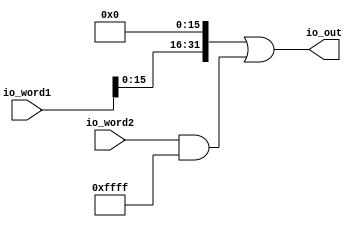
module Combinator4B(
  input  [31:0] io_word1,
  input  [31:0] io_word2,
  output [31:0] io_out
);
  wire [47:0] _GEN_0 = {io_word1, 16'h0}; // @[combinator.scala 16:37]
  wire [62:0] word1_16bit = {{15'd0}, _GEN_0}; // @[combinator.scala 16:37]
  wire [31:0] word2_16bit = io_word2 & 32'hffff; // @[combinator.scala 17:36]
  wire [62:0] _GEN_1 = {{31'd0}, word2_16bit}; // @[combinator.scala 18:25]
  wire [62:0] _io_out_T = word1_16bit | _GEN_1; // @[combinator.scala 18:25]
  assign io_out = _io_out_T[31:0]; // @[combinator.scala 18:10]
endmodule
module Combinator64B(
  input         clock,
  input         reset,
  input  [31:0] io_cacheLine_0,
  input  [31:0] io_cacheLine_1,
  input  [31:0] io_cacheLine_2,
  input  [31:0] io_cacheLine_3,
  input  [31:0] io_cacheLine_4,
  input  [31:0] io_cacheLine_5,
  input  [31:0] io_cacheLine_6,
  input  [31:0] io_cacheLine_7,
  input  [31:0] io_cacheLine_8,
  input  [31:0] io_cacheLine_9,
  input  [31:0] io_cacheLine_10,
  input  [31:0] io_cacheLine_11,
  input  [31:0] io_cacheLine_12,
  input  [31:0] io_cacheLine_13,
  input  [31:0] io_cacheLine_14,
  input  [31:0] io_cacheLine_15,
  output [31:0] io_out_0,
  output [31:0] io_out_1,
  output [31:0] io_out_2,
  output [31:0] io_out_3,
  output [31:0] io_out_4,
  output [31:0] io_out_5,
  output [31:0] io_out_6,
  output [31:0] io_out_7
);
  wire [31:0] combinator4Bvec_0_io_word1; // @[combinator.scala 28:62]
  wire [31:0] combinator4Bvec_0_io_word2; // @[combinator.scala 28:62]
  wire [31:0] combinator4Bvec_0_io_out; // @[combinator.scala 28:62]
  wire [31:0] combinator4Bvec_1_io_word1; // @[combinator.scala 28:62]
  wire [31:0] combinator4Bvec_1_io_word2; // @[combinator.scala 28:62]
  wire [31:0] combinator4Bvec_1_io_out; // @[combinator.scala 28:62]
  wire [31:0] combinator4Bvec_2_io_word1; // @[combinator.scala 28:62]
  wire [31:0] combinator4Bvec_2_io_word2; // @[combinator.scala 28:62]
  wire [31:0] combinator4Bvec_2_io_out; // @[combinator.scala 28:62]
  wire [31:0] combinator4Bvec_3_io_word1; // @[combinator.scala 28:62]
  wire [31:0] combinator4Bvec_3_io_word2; // @[combinator.scala 28:62]
  wire [31:0] combinator4Bvec_3_io_out; // @[combinator.scala 28:62]
  wire [31:0] combinator4Bvec_4_io_word1; // @[combinator.scala 28:62]
  wire [31:0] combinator4Bvec_4_io_word2; // @[combinator.scala 28:62]
  wire [31:0] combinator4Bvec_4_io_out; // @[combinator.scala 28:62]
  wire [31:0] combinator4Bvec_5_io_word1; // @[combinator.scala 28:62]
  wire [31:0] combinator4Bvec_5_io_word2; // @[combinator.scala 28:62]
  wire [31:0] combinator4Bvec_5_io_out; // @[combinator.scala 28:62]
  wire [31:0] combinator4Bvec_6_io_word1; // @[combinator.scala 28:62]
  wire [31:0] combinator4Bvec_6_io_word2; // @[combinator.scala 28:62]
  wire [31:0] combinator4Bvec_6_io_out; // @[combinator.scala 28:62]
  wire [31:0] combinator4Bvec_7_io_word1; // @[combinator.scala 28:62]
  wire [31:0] combinator4Bvec_7_io_word2; // @[combinator.scala 28:62]
  wire [31:0] combinator4Bvec_7_io_out; // @[combinator.scala 28:62]
  Combinator4B combinator4Bvec_0 ( // @[combinator.scala 28:62]
    .io_word1(combinator4Bvec_0_io_word1),
    .io_word2(combinator4Bvec_0_io_word2),
    .io_out(combinator4Bvec_0_io_out)
  );
  Combinator4B combinator4Bvec_1 ( // @[combinator.scala 28:62]
    .io_word1(combinator4Bvec_1_io_word1),
    .io_word2(combinator4Bvec_1_io_word2),
    .io_out(combinator4Bvec_1_io_out)
  );
  Combinator4B combinator4Bvec_2 ( // @[combinator.scala 28:62]
    .io_word1(combinator4Bvec_2_io_word1),
    .io_word2(combinator4Bvec_2_io_word2),
    .io_out(combinator4Bvec_2_io_out)
  );
  Combinator4B combinator4Bvec_3 ( // @[combinator.scala 28:62]
    .io_word1(combinator4Bvec_3_io_word1),
    .io_word2(combinator4Bvec_3_io_word2),
    .io_out(combinator4Bvec_3_io_out)
  );
  Combinator4B combinator4Bvec_4 ( // @[combinator.scala 28:62]
    .io_word1(combinator4Bvec_4_io_word1),
    .io_word2(combinator4Bvec_4_io_word2),
    .io_out(combinator4Bvec_4_io_out)
  );
  Combinator4B combinator4Bvec_5 ( // @[combinator.scala 28:62]
    .io_word1(combinator4Bvec_5_io_word1),
    .io_word2(combinator4Bvec_5_io_word2),
    .io_out(combinator4Bvec_5_io_out)
  );
  Combinator4B combinator4Bvec_6 ( // @[combinator.scala 28:62]
    .io_word1(combinator4Bvec_6_io_word1),
    .io_word2(combinator4Bvec_6_io_word2),
    .io_out(combinator4Bvec_6_io_out)
  );
  Combinator4B combinator4Bvec_7 ( // @[combinator.scala 28:62]
    .io_word1(combinator4Bvec_7_io_word1),
    .io_word2(combinator4Bvec_7_io_word2),
    .io_out(combinator4Bvec_7_io_out)
  );
  assign io_out_0 = combinator4Bvec_0_io_out; // @[combinator.scala 32:15]
  assign io_out_1 = combinator4Bvec_1_io_out; // @[combinator.scala 32:15]
  assign io_out_2 = combinator4Bvec_2_io_out; // @[combinator.scala 32:15]
  assign io_out_3 = combinator4Bvec_3_io_out; // @[combinator.scala 32:15]
  assign io_out_4 = combinator4Bvec_4_io_out; // @[combinator.scala 32:15]
  assign io_out_5 = combinator4Bvec_5_io_out; // @[combinator.scala 32:15]
  assign io_out_6 = combinator4Bvec_6_io_out; // @[combinator.scala 32:15]
  assign io_out_7 = combinator4Bvec_7_io_out; // @[combinator.scala 32:15]
  assign combinator4Bvec_0_io_word1 = io_cacheLine_0; // @[combinator.scala 30:33]
  assign combinator4Bvec_0_io_word2 = io_cacheLine_1; // @[combinator.scala 31:33]
  assign combinator4Bvec_1_io_word1 = io_cacheLine_2; // @[combinator.scala 30:33]
  assign combinator4Bvec_1_io_word2 = io_cacheLine_3; // @[combinator.scala 31:33]
  assign combinator4Bvec_2_io_word1 = io_cacheLine_4; // @[combinator.scala 30:33]
  assign combinator4Bvec_2_io_word2 = io_cacheLine_5; // @[combinator.scala 31:33]
  assign combinator4Bvec_3_io_word1 = io_cacheLine_6; // @[combinator.scala 30:33]
  assign combinator4Bvec_3_io_word2 = io_cacheLine_7; // @[combinator.scala 31:33]
  assign combinator4Bvec_4_io_word1 = io_cacheLine_8; // @[combinator.scala 30:33]
  assign combinator4Bvec_4_io_word2 = io_cacheLine_9; // @[combinator.scala 31:33]
  assign combinator4Bvec_5_io_word1 = io_cacheLine_10; // @[combinator.scala 30:33]
  assign combinator4Bvec_5_io_word2 = io_cacheLine_11; // @[combinator.scala 31:33]
  assign combinator4Bvec_6_io_word1 = io_cacheLine_12; // @[combinator.scala 30:33]
  assign combinator4Bvec_6_io_word2 = io_cacheLine_13; // @[combinator.scala 31:33]
  assign combinator4Bvec_7_io_word1 = io_cacheLine_14; // @[combinator.scala 30:33]
  assign combinator4Bvec_7_io_word2 = io_cacheLine_15; // @[combinator.scala 31:33]
endmodule